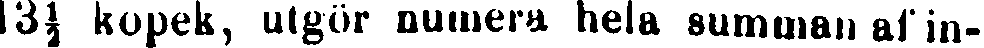
13½ kopek, utgör numera hela summan af in-